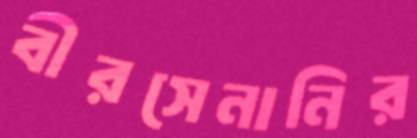
বীরসেনানির